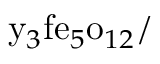
{ \mathrm { y } } _ { 3 } { \mathrm { f e } } _ { 5 } { \mathrm { o } } _ { 1 2 } /